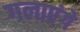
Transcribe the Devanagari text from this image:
गलाएंगे